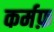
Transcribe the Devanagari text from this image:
कर्मफ़